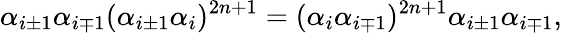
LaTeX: \alpha_{i\pm 1}\alpha_{i\mp 1}(\alpha_{i\pm 1}\alpha_{i})^{2n+1}=(\alpha_{i}\alpha_{i\mp 1})^{2n+1}\alpha_{i\pm 1}\alpha_{i\mp 1},